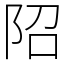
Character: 䧂